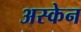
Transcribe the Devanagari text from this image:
अस्केन